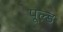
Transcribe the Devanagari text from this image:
पूल्ड